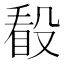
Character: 𣪦